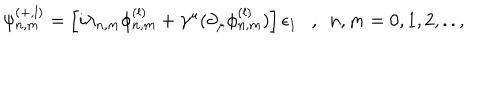
\psi _ { n , m } ^ { ( + , l ) } = \left[ i \lambda _ { n , m } \phi _ { n , m } ^ { ( l ) } + \gamma ^ { \mu } ( \partial _ { \mu } \phi _ { n , m } ^ { ( l ) } ) \right] \epsilon _ { 1 } , ~ ~ n , m = 0 , 1 , 2 , . . ,